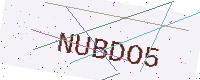
Text: NUBDO5